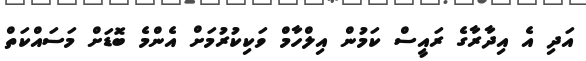
އަދި އެ އިދާރާގެ ރައީސް ކަމުން އިލްހާމް ވަކިކުރުމަށް އެންމެ ބޮޑަށް މަސައްކަތް